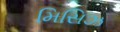
મિસિઝ